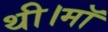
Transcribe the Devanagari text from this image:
थी।माॅ